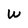
Character: W